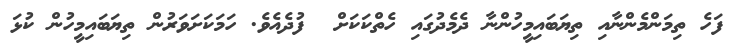
ފަހެ ތިމަންމެންނާއި ތިޔަބައިމީހުންނާ ދެމެދުގައި ހެތްކަކަށް  ފުދެއެވެ. ހަމަކަށަވަރުން ތިޔަބައިމީހުން ކުޅަ